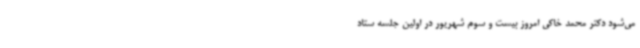
می‌شود دکتر محمد خاکی امروز بیست و سوم شهریور در اولین جلسه ستاد